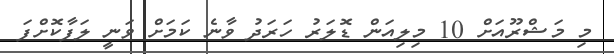
މި މަޝްރޫއަށް 10 މިލިއަން ޑޮލަރު ހަރަދު ވާނެ ކަމަށް ވަނީ ލަފާކޮށްފަ